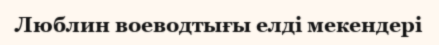
Люблин воеводтығы елді мекендері